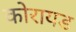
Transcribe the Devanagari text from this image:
कोरायड